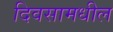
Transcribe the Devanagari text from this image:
दिवसामधील